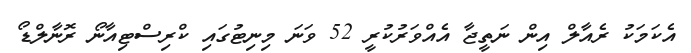
އެކަމަކު ރެއާލް އިން ނަތީޖާ އެއްވަރުކުރީ 52 ވަނަ މިނިޓުގައި ކްރިސްޓިއާނޯ ރޮނާލްޑޯ